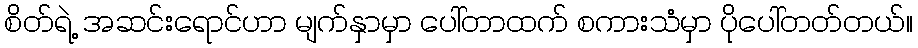
စိတ်ရဲ့ အဆင်းရောင်ဟာ မျက်နှာမှာ ပေါ်တာထက် စကားသံမှာ ပိုပေါ်တတ်တယ်။